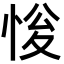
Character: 𢚔